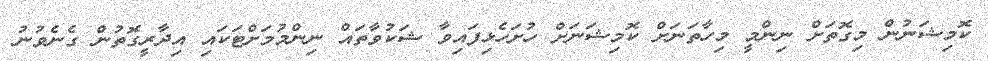
ކޮމިޝަނުން މިގޮތަށް ނިންމީ މިހާތަނަށް ކޮމިޝަނަށް ހުށަހެޅިފައިވާ ޝަކުވާތައް ނިންމުމަށްޓަކައި އިދާރީގޮތުން ގެނެވުނު